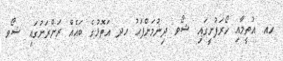
ހއ. އުތީމާއި ހޯރަފުށީގައި ޝޯވ ދިނުމަށްފަހު ހދ އަތޮޅުގެ ބައެއް ރަށްރަށުގައި ޝޯވ